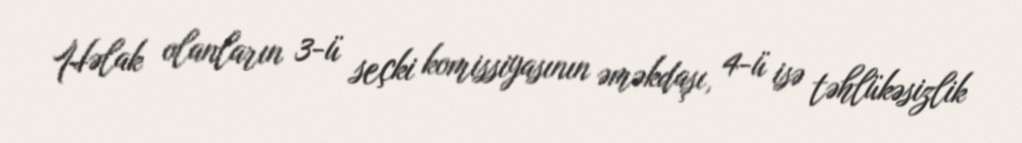
Həlak olanların 3-ü seçki komissiyasının əməkdaşı, 4-ü isə təhlükəsizlik